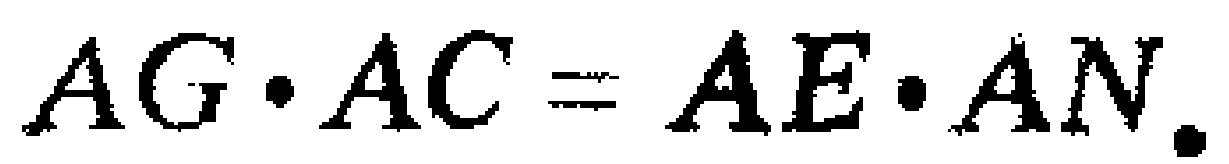
$AG\cdot AC = AE\cdot AN.$